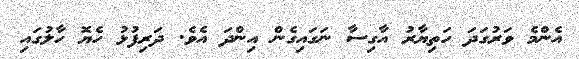
އެންމެ ވަރުގަދަ ހަތިޔާރު އާގިސާ ނަގައިގެން އިންދަ އެވެ. ދަރިފުޅު ހެޔޮ ހާލުގައި